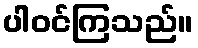
ပါဝင်ကြသည်။